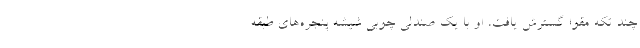
چند تکه مقوا گسترش یافت، او با یک صندلی چوبی شیشه‌ پنجره‌های طبقه